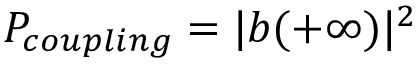
P _ { c o u p l i n g } = | b ( + \infty ) | ^ { 2 }